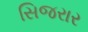
સિજરાર